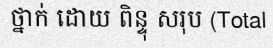
ថ្នាក់ ដោយ ពិន្ទុ សរុប (Total